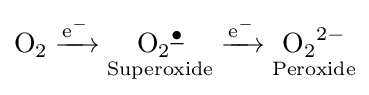
{\mathrm {O} {\vphantom {A}}_{\smash[{t}]{2}}{}\mathrel {\xrightarrow {\mathrm {e} {\vphantom {A}}^{-}} } {}{\underset {\mathrm {Superoxide} }{\mathrm {O} {\vphantom {A}}_{\smash[{t}]{2}}{\vphantom {A}}^{\underline {\bullet }}}}{}\mathrel {\xrightarrow {\mathrm {e} {\vphantom {A}}^{-}} } {}{\underset {\mathrm {Peroxide} }{\mathrm {O} {\vphantom {A}}_{\smash[{t}]{2}}{\vphantom {A}}^{2-}}}}